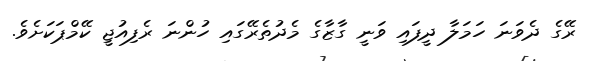
ރޭގެ ދެވަނަ ހަމަލާ ދީފައި ވަނީ ގާޒާގެ މެދުތެރޭގައި ހުންނަ ރެފިއުޖީ ކޭމްޕަކަށެވެ.